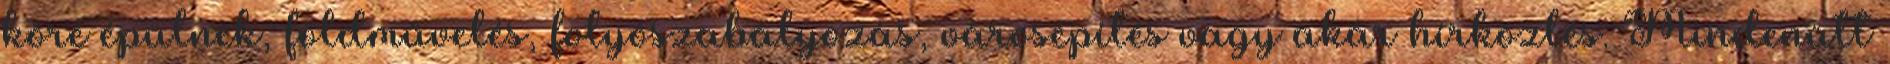
köré épülnek, földművelés, folyószabályozás, városépítés vagy akár hírközlés. Mindenütt